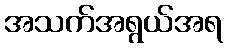
အသက်အရွယ်အရ